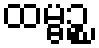
ထမ္ဗဉ္စ